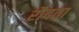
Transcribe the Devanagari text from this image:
रौदता